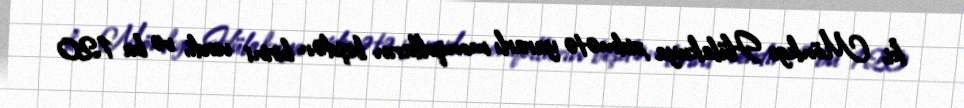
ki, Mönkge Hülakuya xidmətə yararlı monqolların beşdən birini verdi, və bu 120